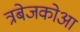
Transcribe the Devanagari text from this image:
त्रबेजकोआ